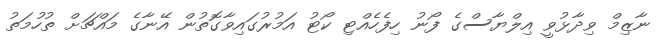
ނާޒިމް ވިދާޅުވީ އިލްޔާސްގެ ފޯނު ހިފެހެއްޓި ކޯޓު އަމުރުގައިވާގޮތުން އޭނާގެ މައްޗަށް ތުހުމަތު